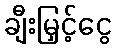
ချီးမြှင့်ငွေ